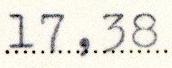
17,38